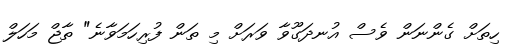
ހިތަށް ގެންނަން ވެސް އުނދަގޫވާ ވަރަށް މި ތަން ފުރިހަމަވާނެ" ތާޖް މަހަލް